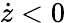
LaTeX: \dot{z}<0